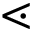
\lessdot